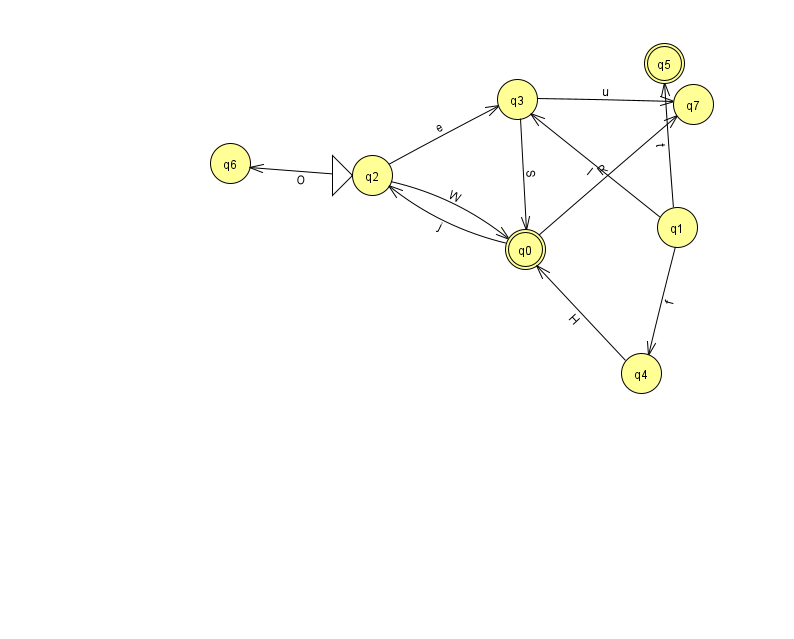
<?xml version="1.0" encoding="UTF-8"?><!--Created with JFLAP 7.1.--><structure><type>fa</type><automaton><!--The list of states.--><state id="0" name="q0"><x>525.0</x><y>236.0</y><final/></state><state id="1" name="q1"><x>677.0</x><y>214.0</y></state><state id="2" name="q2"><x>372.0</x><y>162.0</y><initial/></state><state id="3" name="q3"><x>517.0</x><y>86.0</y></state><state id="4" name="q4"><x>641.0</x><y>360.0</y></state><state id="5" name="q5"><x>664.0</x><y>50.0</y><final/></state><state id="6" name="q6"><x>230.0</x><y>150.0</y></state><state id="7" name="q7"><x>693.0</x><y>91.0</y></state><!--The list of transitions.--><transition><from>2</from><to>6</to><read>O</read></transition><transition><from>3</from><to>0</to><read>S</read></transition><transition><from>3</from><to>7</to><read>u</read></transition><transition><from>0</from><to>7</to><read>R</read></transition><transition><from>1</from><to>3</to><read>l</read></transition><transition><from>0</from><to>2</to><read>j</read></transition><transition><from>1</from><to>5</to><read>t</read></transition><transition><from>2</from><to>0</to><read>W</read></transition><transition><from>4</from><to>0</to><read>H</read></transition><transition><from>2</from><to>3</to><read>e</read></transition><transition><from>1</from><to>4</to><read>f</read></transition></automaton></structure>